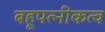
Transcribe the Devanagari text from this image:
बहूपत्नीकत्व